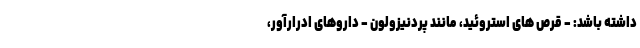
داشته باشد: - قرص های استروئید، مانند پردنیزولون - داروهای ادرارآور،